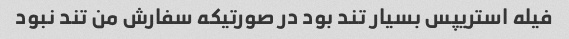
فیله استریپس بسیار تند بود در صورتیکه سفارش من تند نبود